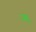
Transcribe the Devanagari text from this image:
रखु